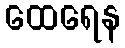
ထေရေန